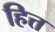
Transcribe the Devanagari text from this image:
हित्त